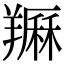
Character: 𦏈